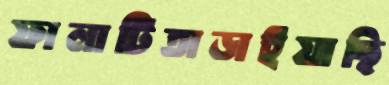
ফালাটিতাড়াইয়াছি